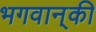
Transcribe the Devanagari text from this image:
भगवान्‌की